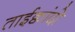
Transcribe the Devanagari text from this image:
ताईक्वांदो